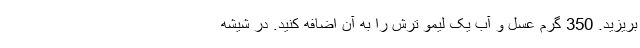
بریزید. 350 گرم عسل و آب یک لیمو ترش را به آن اضافه کنید. در شیشه